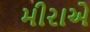
મીરાએ